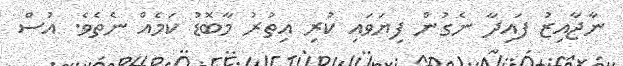
ނާޖާއިޒު ފައިދާ ނެގުން ފިޔަވައި ކުރި އިތުރު މާބޮޑު ކަމެއް ނެތެވެ. އުސް